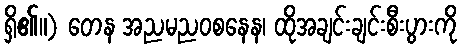
ရှိ၏။) တေန အညမညဝစနေန၊ ထိုအချင်းချင်းစီးပွားကို